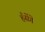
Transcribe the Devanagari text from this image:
हँसेंगे